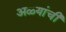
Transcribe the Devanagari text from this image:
अळ्यांची